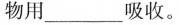
物用___吸收。